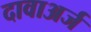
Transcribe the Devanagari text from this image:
दावाअर्ज